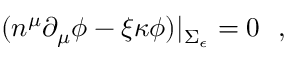
( n ^ { \mu } \partial _ { \mu } \phi - \xi \kappa \phi ) | _ { \Sigma _ { \epsilon } } = 0 ~ ~ ,